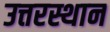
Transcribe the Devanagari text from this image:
उत्तरस्थान